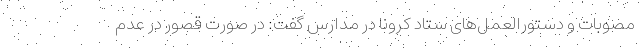
مصوبات و دستورالعمل‌های ستاد کرونا در مدارس گفت: در صورت قصور در عدم